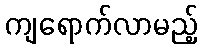
ကျရောက်လာမည့်